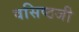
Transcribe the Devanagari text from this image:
वसिष्ठजी